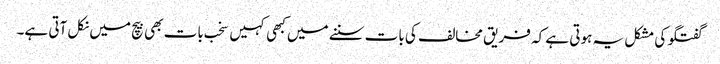
گفتگو کی مشکل یہ ہوتی ہے کہ فریق مخالف کی بات سننے میں کبھی کہیں سخب بات بھی بیچ میں نکل آتی ہے۔